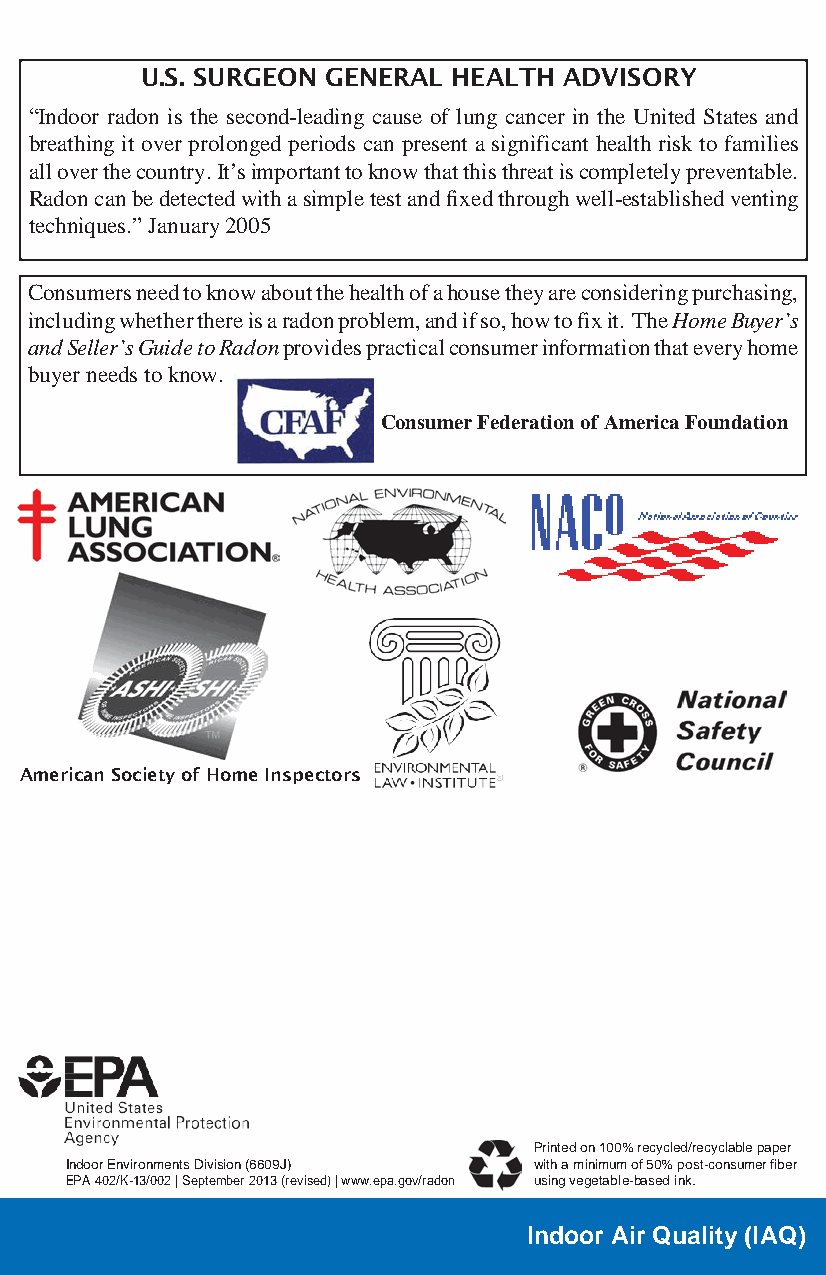
U.S. SURGEON GENERAL HEALTH ADVISORY
 “Indoor radon is the second-leading cause of lung cancer in the United States and
 breathing it over prolonged periods can present a significant health risk to families
 all over the country. It’s important to know that this threat is completely preventable.
 Radon can be detected with a simple test and fixed through well-established venting
 techniques.” January 2005
 Consumers need to know about the health of a house they are considering purchasing,
 including whether there is a radon problem, and if so, how to fix it. The Home Buyer’s
 and Seller’s Guide to Radon provides practical consumer information that every home
 buyer needs to know.
 Consumer Federation of America Foundation
 American Society of Home Inspectors
 Printed on 100% recycled/recyclable paper
 Indoor Environments Division (6609J) with a minimum of 50% post-consumer fiber
 EPA 402/K-13/002 | September 2013 (revised) | www.epa.gov/radon using vegetable-based ink.
 Indoor Air Quality (IAQ)